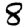
Digit: 8